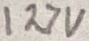
Text: 127V